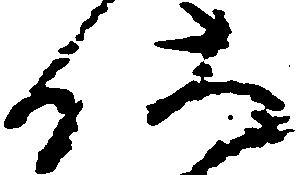
仕